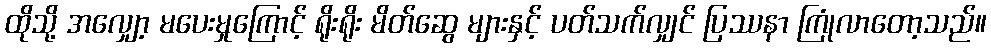
ထိုသို့ အလျှော့ မပေးမှုကြောင့် ရိုးရိုး မိတ်ဆွေ များနှင့် ပတ်သက်လျှင် ပြဿနာ ကြုံလာတော့သည်။